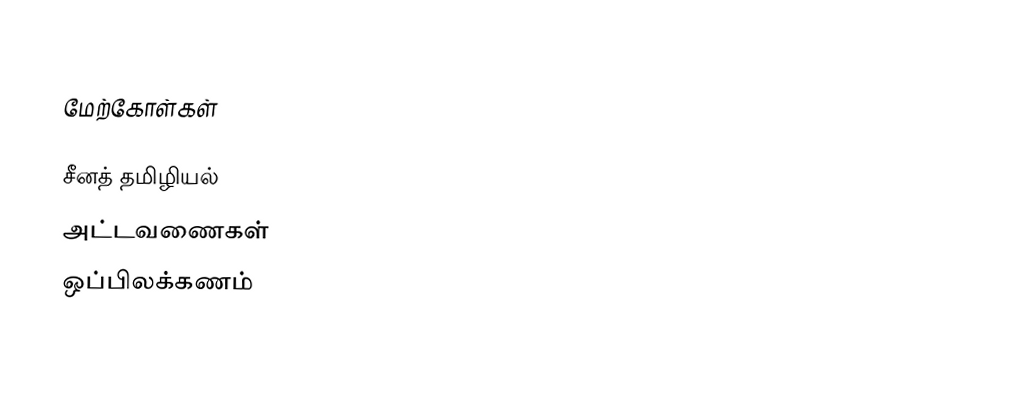

மேற்கோள்கள்

சீனத் தமிழியல்
அட்டவணைகள்
ஒப்பிலக்கணம்